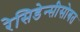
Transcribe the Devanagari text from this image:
रेसिडेन्सीसोबत